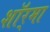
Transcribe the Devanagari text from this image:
शॉर्‌मा